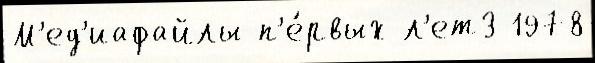
М'ед'иафайлы п'е́рвых л'ет3 1978